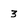
Character: 3